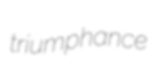
triumphance